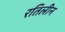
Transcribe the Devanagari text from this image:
रतिलीन